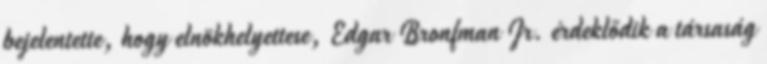
bejelentette, hogy elnökhelyettese, Edgar Bronfman Jr. érdeklődik a társaság